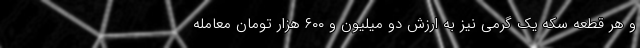
و هر قطعه سکه یک گرمی نیز به ارزش دو میلیون و ۶۰۰ هزار تومان معامله